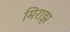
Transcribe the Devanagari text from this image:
मिराझ